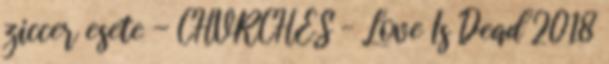
ziccer esete - CHVRCHES – Love Is Dead 2018